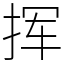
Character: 挥